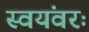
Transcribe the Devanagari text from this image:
स्वयंवरः